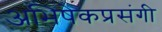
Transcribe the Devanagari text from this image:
अभिषेकप्रसंगी